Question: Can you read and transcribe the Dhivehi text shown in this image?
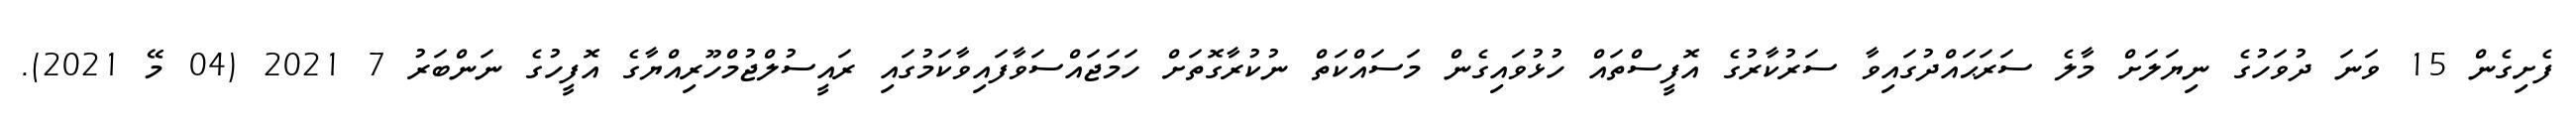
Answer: ފެށިގެން 15 ވަނަ ދުވަހުގެ ނިޔަލަށް މާލެ ސަރަޙައްދުގައިވާ ސަރުކާރުގެ އޮފީސްތައް ހުޅުވައިގެން މަސައްކަތް ނުކުރާގޮތަށް ހަމަޖައްސަވާފައިވާކަމުގައި ރައީސުލްޖުމްހޫރިއްޔާގެ އޮފީހުގެ ނަންބަރު 7 2021 (04 މޭ 2021).